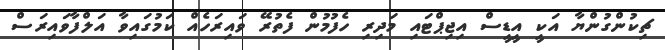
ޗިކުންގުންޔާ އަކީ އީޑީސް އިޖިޕްޓައި މަދިރި ހެފުމުން ފެތުރޭ ވައިރަހެއް ކަމުގައިވާ އަލްފާވައިރަސް